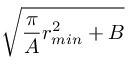
\sqrt { \frac { \pi } { A } r _ { m i n } ^ { 2 } + B }